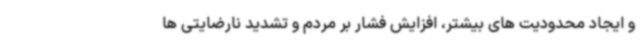
و ایجاد محدودیت های بیشتر، افزایش فشار بر مردم و تشدید نارضایتی ها